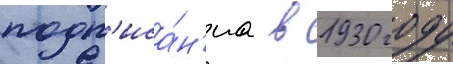
подп'иса́н'иа в 1930 году